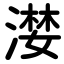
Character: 漤